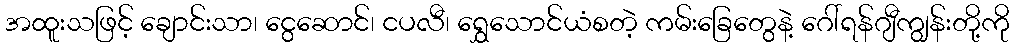
အထူးသဖြင့် ချောင်းသာ၊ ငွေဆောင်၊ ငပလီ၊ ရွှေသောင်ယံစတဲ့ ကမ်းခြေတွေနဲ့ ဂေါ်ရန်ဂျီကျွန်းတို့ကို